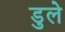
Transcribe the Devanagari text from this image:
डुले